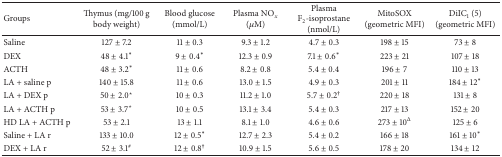
| Groups | Thymus (mg/100 g body weight) | Blood glucose (mmol/L) | Plasma NOx (μM) | Plasma F2-isoprostane (nmol/L) | MitoSOX (geometric MFI) | DiIC1 (5) (geometric MFI) |
 | --- | --- | --- | --- | --- | --- | --- |
 | Saline | 127 ± 7.2 | 11 ± 0.3 | 9.3 ± 1.2 | 4.7 ± 0.3 | 198 ± 15 | 73 ± 8 |
 | DEX | 48 ± 4.1* | 9 ± 0.4* | 12.3 ± 0.9 | 7.1 ± 0.6* | 223 ± 21 | 107 ± 18 |
 | ACTH | 48 ± 3.2* | 11 ± 0.6 | 8.2 ± 0.8 | 5.4 ± 0.4 | 196 ± 7 | 110 ± 13 |
 | LA + saline p | 140 ± 15.8 | 11 ± 0.6 | 13.0 ± 1.5 | 4.9 ± 0.3 | 201 ± 11 | 184 ± 12* |
 | LA + DEX p | 50 ± 2.0⋆ | 10 ± 0.3 | 11.2 ± 1.0 | 5.7 ± 0.2† | 220 ± 18 | 131 ± 8 |
 | LA + ACTH p | 53 ± 3.7⋆ | 10 ± 0.5 | 13.1 ± 3.4 | 5.4 ± 0.3 | 217 ± 13 | 152 ± 20 |
 | HD LA + ACTH p | 53 ± 2.1 | 13 ± 1.1 | 8.1 ± 1.0 | 4.6 ± 0.6 | 273 ± 10Δ | 125 ± 6 |
 | Saline + LA r | 133 ± 10.0 | 12 ± 0.5* | 12.7 ± 2.3 | 5.4 ± 0.2 | 166 ± 18 | 161 ± 10* |
 | DEX + LA r | 52 ± 3.1# | 12 ± 0.8† | 10.9 ± 1.5 | 5.6 ± 0.5 | 178 ± 20 | 134 ± 12 |